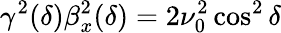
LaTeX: \gamma^{2}(\delta)\beta_{x}^{2}(\delta)=2\nu_{0}^{2}\cos^{2}\delta